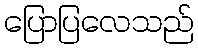
ပြောပြလေသည်